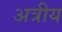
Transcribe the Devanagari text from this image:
अत्रीय